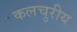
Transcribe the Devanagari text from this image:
कलचुरीय